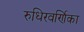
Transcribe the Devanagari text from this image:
रुधिरवर्णिका